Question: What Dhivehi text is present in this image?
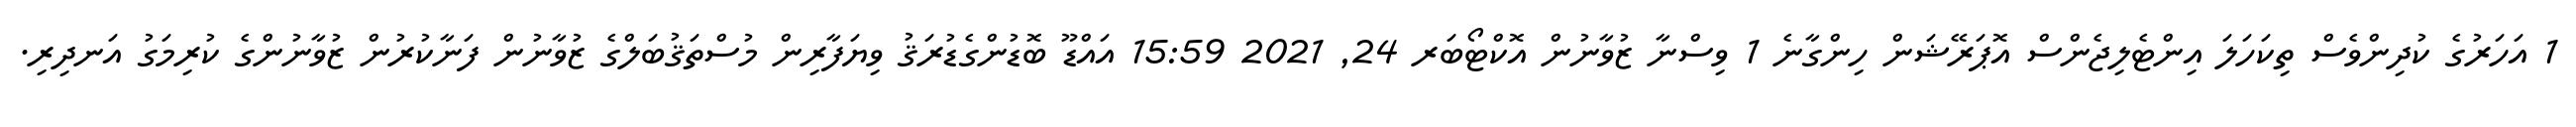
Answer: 1 އަހަރުގެ ކުދިންވެސް ތިކަހަލަ އިންޓެލިޖެންސް އޮޕަރޭޝަން ހިންގާނެ 1 ވިސްނާ ޒުވާނުން އޮކްޓޯބަރ 24, 2021 15:59 އައްޑޫ ބޮޑުންގެޑުރަޤު ވިޔަފާރިން މުސްތަޤުބަލްގެ ޒުވާނުން ފަނާކުރުން ޒުވާނުންގެ ކުރިމަގު އަނދިރި.